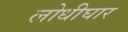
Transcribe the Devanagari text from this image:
लोधीघार